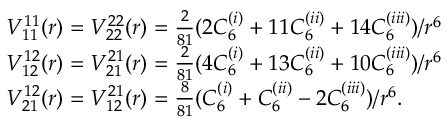
\begin{array} { r l } & { V _ { 1 1 } ^ { 1 1 } ( r ) = V _ { 2 2 } ^ { 2 2 } ( r ) = \frac { 2 } { 8 1 } ( 2 C _ { 6 } ^ { ( i ) } + 1 1 C _ { 6 } ^ { ( i i ) } + 1 4 C _ { 6 } ^ { ( i i i ) } ) / r ^ { 6 } } \\ & { V _ { 1 2 } ^ { 1 2 } ( r ) = V _ { 2 1 } ^ { 2 1 } ( r ) = \frac { 2 } { 8 1 } ( 4 C _ { 6 } ^ { ( i ) } + 1 3 C _ { 6 } ^ { ( i i ) } + 1 0 C _ { 6 } ^ { ( i i i ) } ) / r ^ { 6 } } \\ & { V _ { 2 1 } ^ { 1 2 } ( r ) = V _ { 1 2 } ^ { 2 1 } ( r ) = \frac { 8 } { 8 1 } ( C _ { 6 } ^ { ( i ) } + C _ { 6 } ^ { ( i i ) } - 2 C _ { 6 } ^ { ( i i i ) } ) / r ^ { 6 } . } \end{array}